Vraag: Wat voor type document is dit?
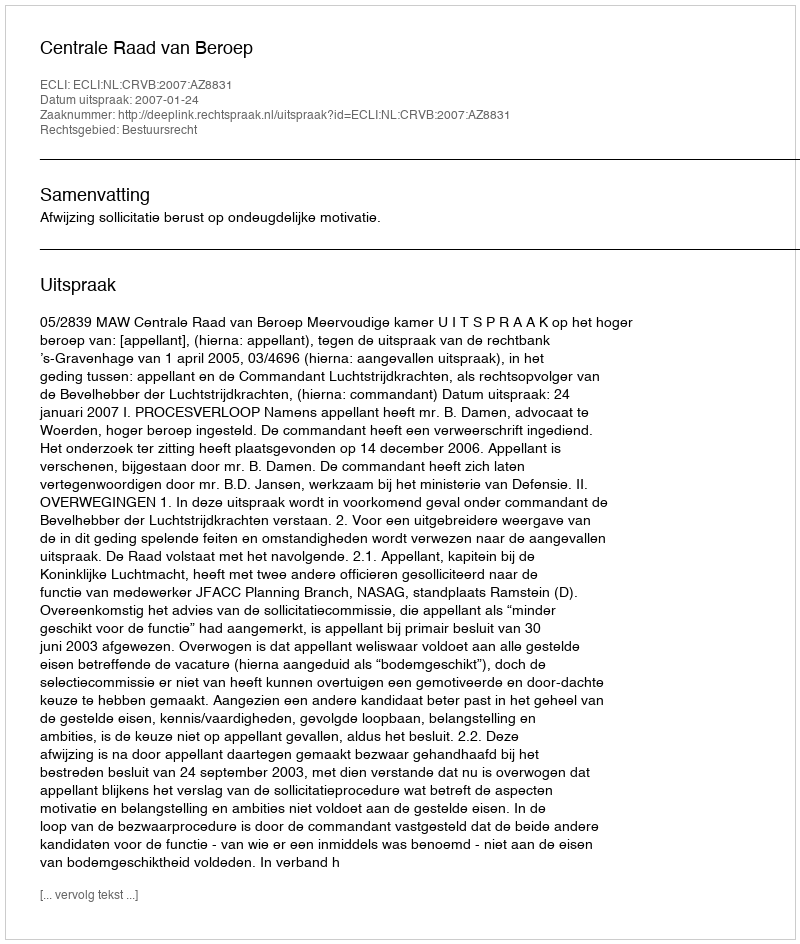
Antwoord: Uitspraak